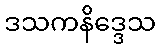
ဒသကနိဒ္ဒေသ